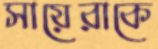
সায়েরাকে